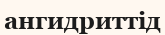
ангидриттід